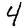
Digit: 4